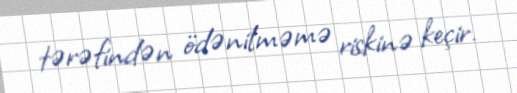
tərəfindən ödənilməmə riskinə keçir.